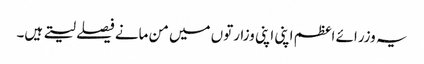
یہ وزرائے اعظم اپنی اپنی وزارتوں میں من مانے فیصلے لیتے ہیں۔